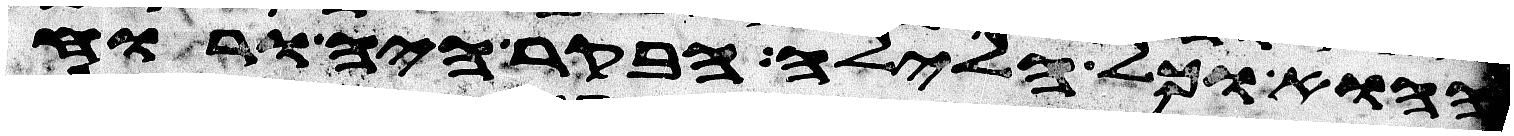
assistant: ההוא וכל הלילה הבקר היה ורוח